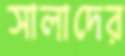
সালাদের